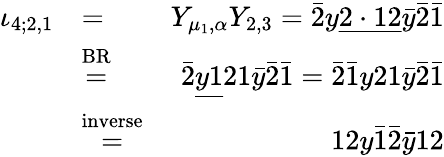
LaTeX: \begin{array}{rlr}{\iota_{4;2,1}}&{=}&{Y_{\mu_{1},\alpha}Y_{2,3}=\bar{2}y\underline{{2\cdot 12}}\bar{y}\bar{2}\bar{1}}\\ &{\stackrel{\mathrm{BR}}{=}}&{\bar{2}\underline{{y1}}21\bar{y}\bar{2}\bar{1}=\bar{2}\bar{1}y21\bar{y}\bar{2}\bar{1}}\\ &{\stackrel{\mathrm{inverse}}{=}}&{12y\bar{1}\bar{2}\bar{y}12}\end{array}